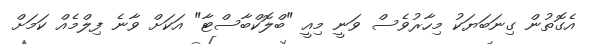
އެގޮތުން ގިނަބަޔަކު މިހާރުވެސް ވަނީ މިއީ "ބްލޮކްބާސްޓާ" އަކަށް ވާނެ ފިލްމެއް ކަމަށް